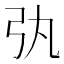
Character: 𢎫